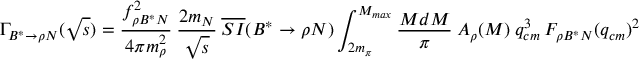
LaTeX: \Gamma _ { B ^ { * } \to \rho N } ( \sqrt { s } ) = \frac { f _ { \rho B ^ { * } N } ^ { 2 } } { 4 \pi m _ { \rho } ^ { 2 } } \ \frac { 2 m _ { N } } { \sqrt { s } } \ \overline { { { S I } } } ( B ^ { * } \to \rho N ) \int _ { 2 m _ { \pi } } ^ { M _ { m a x } } \frac { M d M } { \pi } \ A _ { \rho } ( M ) \ q _ { c m } ^ { 3 } \ F _ { \rho B ^ { * } N } ( q _ { c m } ) ^ { 2 }